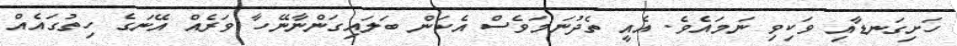
ހަށިގަނޑާއި ވަކިވި ނަމައެވެ. އެއީ ތެދުނަމަވެސް އެކަން ބަލައިގަންނާނޭހާ ވަރެއް އޭނަގެ ހިތުގައެއް